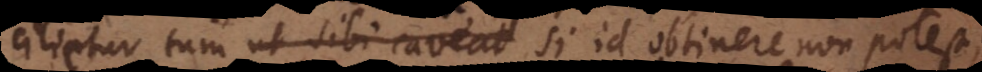
cilietur, tum ut sibi caveat si id obtinere non potest,